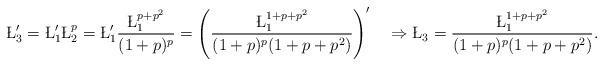
LaTeX: \begin{align*}\L_3'=\L_1'\L_2^p=\L_1'\frac{\L_1^{p+p^2}}{(1+p)^p}=\left(\frac{\L_1^{1+p+p^2}}{(1+p)^p(1+p+p^2)}\right)'\quad\Rightarrow\L_3=\frac{\L_1^{1+p+p^2}}{(1+p)^p(1+p+p^2)}.\end{align*}